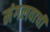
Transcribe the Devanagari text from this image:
मंगलवाची